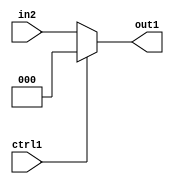
`timescale 1ps / 1ps
/*****************************************************************************
    Verilog RTL Description
    
    
    Created by: Stratus DpOpt 21.05.01 
*******************************************************************************/

module dut_N_Mux_3_2_47_4 (
	in2,
	ctrl1,
	out1
	); /* architecture "behavioural" */ 
input [2:0] in2;
input  ctrl1;
output [2:0] out1;
wire [2:0] asc001;

reg [2:0] asc001_tmp_0;
assign asc001 = asc001_tmp_0;
always @ (ctrl1 or in2) begin
	case (ctrl1)
		1'B1 : asc001_tmp_0 = 3'B000 ;
		default : asc001_tmp_0 = in2 ;
	endcase
end

assign out1 = asc001;
endmodule

/* CADENCE  uLL3Tw8= : u9/ySxbfrwZIxEzHVQQV8Q== ** DO NOT EDIT THIS LINE ******/